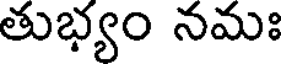
తుభ్యం నమః